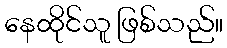
နေထိုင်သူ ဖြစ်သည်။